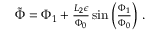
\begin{array} { r } { \tilde { \Phi } = \Phi _ { 1 } + \frac { L _ { 2 } \epsilon } { \Phi _ { 0 } } \sin \left( \frac { \Phi _ { 1 } } { \Phi _ { 0 } } \right) \, . } \end{array}